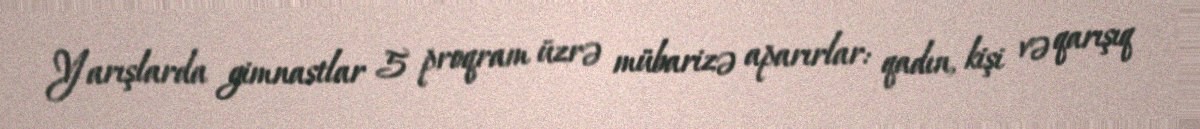
Yarışlarda gimnastlar 5 proqram üzrə mübarizə aparırlar: qadın, kişi və qarışıq